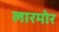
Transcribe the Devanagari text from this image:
लारमोर